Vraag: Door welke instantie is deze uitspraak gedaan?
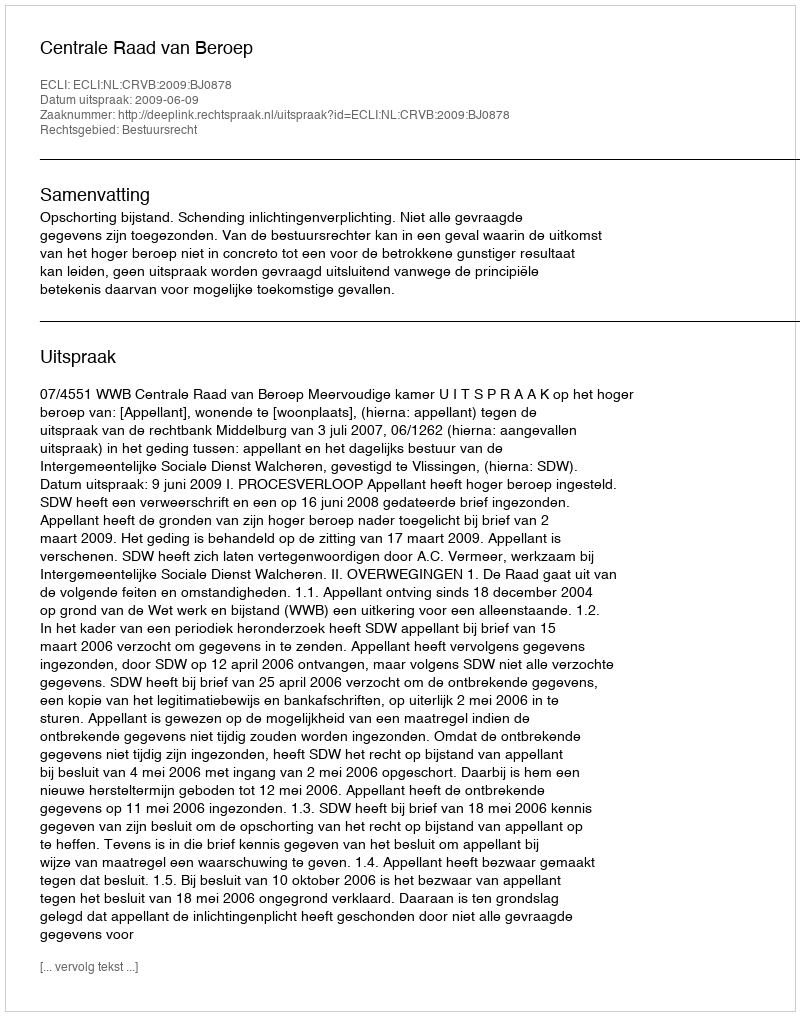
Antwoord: Centrale Raad van Beroep